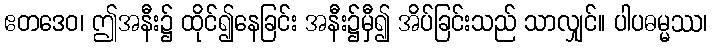
ဧတဒေဝ၊ ဤအနီး၌ ထိုင်၍နေခြင်း အနီး၌မှီ၍ အိပ်ခြင်းသည် သာလျှင်။ ပါပဓမ္မဿ၊